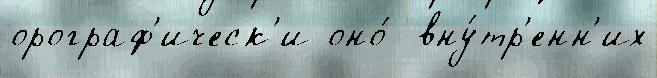
орограф'ическ'и оно́  вну́тр'енн'их